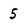
Character: 5